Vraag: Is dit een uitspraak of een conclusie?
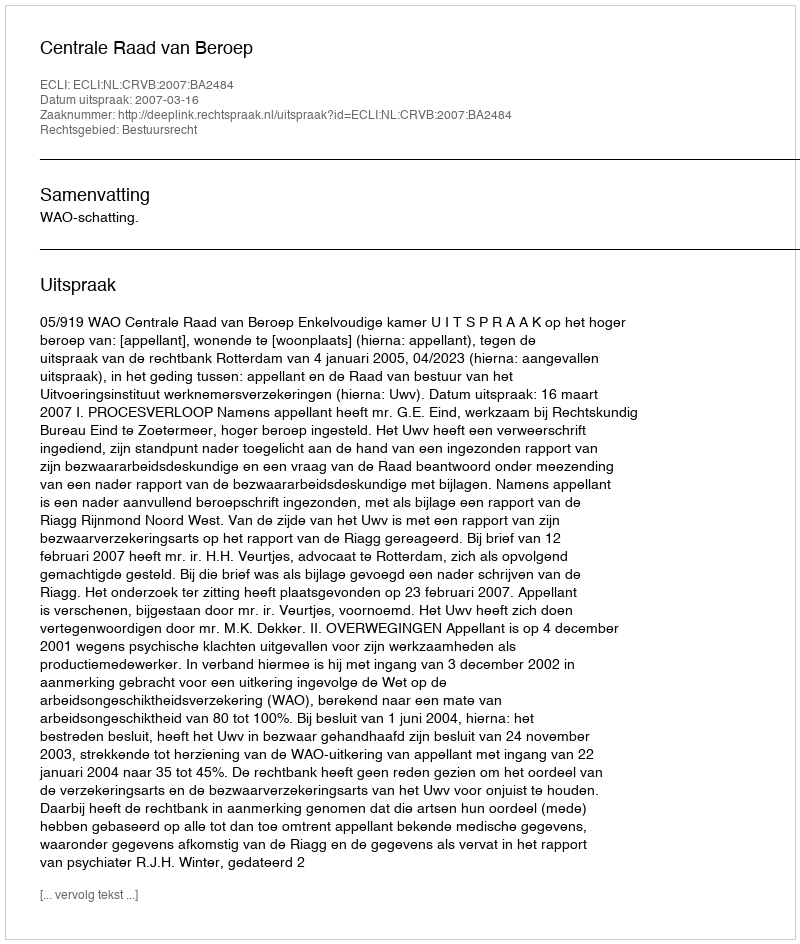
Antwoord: Uitspraak